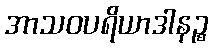
အာသဝပရိယာဒါနဉ္စ